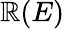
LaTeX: \mathbb{R}(E)